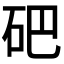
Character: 𥑁